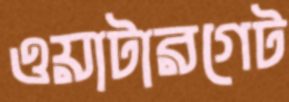
ওয়াটারগেট